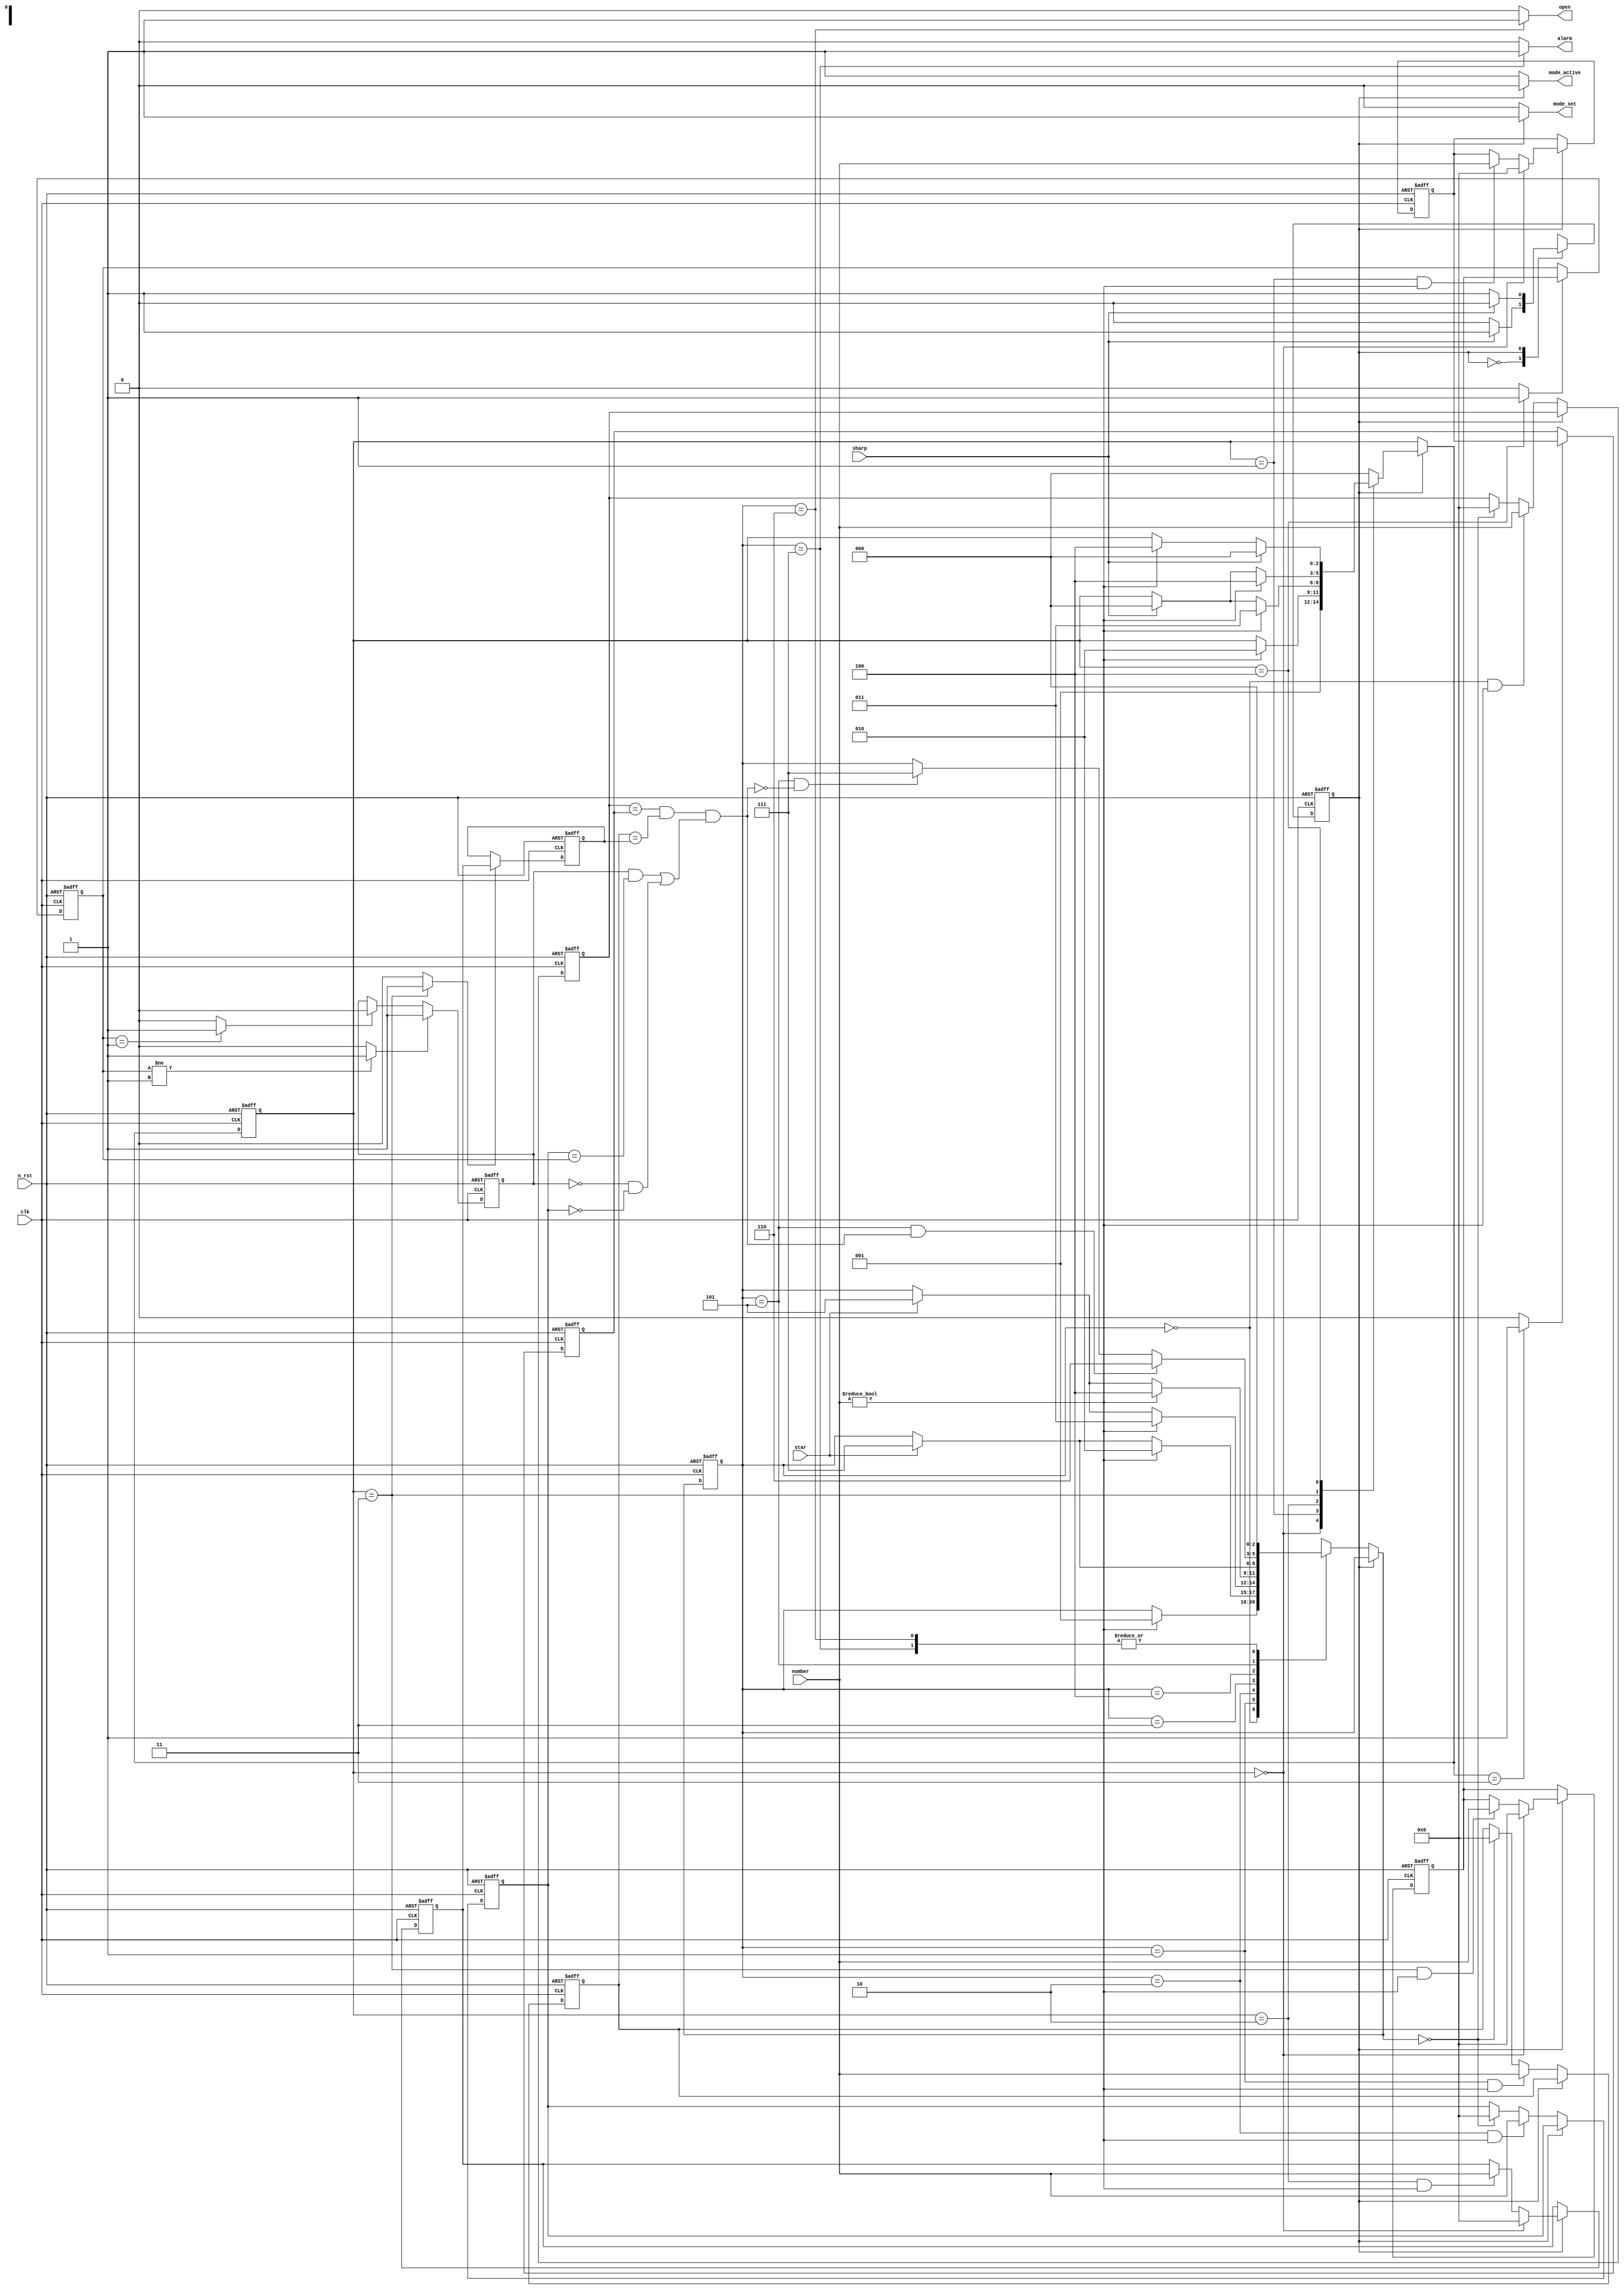
module doorlock_2modes(
	clk,
	n_rst,
	star, //X
	sharp,
	number,
	open,
	alarm,
	mode_active,
	mode_set
);


localparam A_IDLE  = 3'h0;
localparam A_PW1   = 3'h1;
localparam A_PW2   = 3'h2;
localparam A_PW3   = 3'h3;
localparam A_ERR   = 3'h4;
localparam A_CHECK = 3'h5;
localparam A_OPEN  = 3'h6;
localparam A_ALARM = 3'h7;

localparam S_IDLE = 3'h0;
localparam S_RDY  = 3'h1;
localparam S_SET1 = 3'h2;
localparam S_SET2 = 3'h3;
localparam S_SET3 = 3'h4;

localparam G_ACTIVE = 1'b0;
localparam G_SET = 1'b1;

localparam L_3 = 1'b1;
localparam L_2 = 1'b0;

input clk;
input n_rst;
input star;
input sharp;
input [9:0] number;

output open;
output alarm;
output mode_active;
output mode_set;


reg [9:0] pw_1, pw_2, pw_3;
reg [9:0] user_pw1, user_pw2, user_pw3;
reg 	  pw_length;

reg       g_state, g_next_state;	
reg [2:0] a_state, a_next_state;
reg [2:0] s_state, s_next_state;


always @(posedge clk or negedge n_rst)
	if(!n_rst) begin
		g_state <= G_ACTIVE;
	end
	else begin
		g_state <= g_next_state;
	end

always @(g_state or sharp)	
	case (g_state)
		G_ACTIVE : g_next_state = (sharp == 1'b1)? G_SET    : g_state;
		G_SET    : g_next_state = (sharp == 1'b1)? G_ACTIVE : g_state;
		default  : g_next_state = G_ACTIVE;
	endcase

assign mode_active = (g_state == G_ACTIVE)? 1'b1 : 1'b0;
assign mode_set    = (g_state == G_SET)?    1'b1 : 1'b0;


always @(posedge clk or negedge n_rst)
	if(!n_rst) begin
		a_state <= A_IDLE;
	end
	else begin
		a_state <= a_next_state;
	end

wire equal, diff;

always @(a_state or g_state or number or star or equal or diff)	
	if (g_state == G_ACTIVE) begin
		case (a_state)
			A_IDLE  : a_next_state = (number != 10'h000)? A_PW1 : a_state;
			A_PW1   : a_next_state = (number != 10'h000)? A_PW2 : 
								     (star == 1'b1)? A_ALARM : a_state;
			A_PW2   : a_next_state = (number != 10'h000)? A_PW3 :
								     (star == 1'b1)? A_CHECK : a_state;
			A_PW3   : a_next_state = (number != 10'h000)? A_ERR :
									 (star == 1'b1)? A_CHECK : a_state;
			A_ERR   : a_next_state = (star == 1'b1)? A_ALARM : a_state;
			A_CHECK : a_next_state = (equal == 1'b1)? A_OPEN : 
							  	     (diff == 1'b1)? A_ALARM : a_state;
			A_OPEN  : a_next_state = A_IDLE;
			A_ALARM : a_next_state = A_IDLE;
			default : a_next_state = A_IDLE;
		endcase
	end
	else begin
		a_next_state = a_state;
	end

always @(posedge clk or negedge n_rst)
	if(!n_rst) begin
		user_pw1 <= 10'h000;
		user_pw2 <= 10'h000;
		user_pw3 <= 10'h000;
	end
	else begin
		if (g_state == G_ACTIVE) begin
			user_pw1 <= ((a_state == A_IDLE)&&(number != 10'h000))? number : 
						 (a_next_state == A_IDLE)? 10'h000 : user_pw1;
			user_pw2 <= ((a_state == A_PW1)&&(number != 10'h000))?  number : 
						 (a_next_state == A_IDLE)? 10'h000 : user_pw2;
			user_pw3 <= ((a_state == A_PW2)&&(number != 10'h000))?  number : 
						 (a_next_state == A_IDLE)? 10'h000 : user_pw3;
		end
	end

assign check = ((user_pw1 == pw_1) && (user_pw2 == pw_2) && 
			    (((pw_length == L_3)&&(user_pw3 == pw_3))|| 
				 ((pw_length == L_2)&&(user_pw3 == 10'h000))));

assign equal = ((a_state == A_CHECK) && (check==1'b1));
assign diff  = ((a_state == A_CHECK) && (check==1'b0));

assign open = (a_state == A_OPEN)? 1'b1 : 1'b0;
assign alarm = (a_state == A_ALARM)? 1'b1 : 1'b0;


wire 	   set_1, set_2, set_3;
reg  [9:0] set_pw_1;
reg [9:0] set_pw_2, set_pw_3;

//
always @(posedge clk or negedge n_rst)
  if(!n_rst) begin
    s_state <= S_IDLE;
  end
  else begin
    s_state <= s_next_state;
  end
  
always @(s_state or g_state or number or sharp)
  if (g_state == G_SET) begin
    case (s_state)
      S_IDLE: s_next_state = S_RDY;
      S_RDY: s_next_state = (number != 10'h000)? S_SET1 : s_state;
      S_SET1: s_next_state = (number != 10'h000)? S_SET2 :
                                                  (sharp == 1'b1)? S_IDLE : s_state;
      S_SET2: s_next_state = (number != 10'h000)? S_SET3 :
                                                  (sharp == 1'b1)? S_IDLE : s_state;
      S_SET3: s_next_state = (sharp == 1'b1)? S_IDLE :
                                              (number != 10'h000)? S_SET3 : s_state;
      default: s_next_state = S_IDLE;
    endcase
  end 
  else begin
    s_next_state = s_state;
  end
  
  
always @(posedge clk or negedge n_rst) begin
   if (!n_rst) begin
	   set_pw_1 <= 10'h000;
		set_pw_2 <= 10'h000;
		set_pw_3 <= 10'h000;
	end
	
	else begin
	   if (g_state == G_SET) begin
		   set_pw_1 <= (s_state == S_IDLE)? 10'h000 :
			            ((s_state == S_RDY) && (number != 10'h000))? number : set_pw_1;
			set_pw_2 = (s_state == S_IDLE)? 10'h000 :
                  ((s_state == S_SET1) && (number != 10'h000))? number : set_pw_2;
			set_pw_3 = (s_state == S_IDLE)? 10'h000 :
                  ((s_state == S_SET2) && (number != 10'h000))? number : set_pw_3;
		end
	end
	
end

/*
assign set_pw_2 = (s_state == S_IDLE)? 10'h000 :
                  ((s_state == S_SET1) && (number != 10'h000))? number : set_pw_2;
						
assign set_pw_3 = (s_state == S_IDLE)? 10'h000 :
                  ((s_state == S_SET2) && (number != 10'h000))? number : set_pw_3;
*/                                                               
  
assign set_1 = (s_next_state == S_SET2)? 1'b1 : 1'b0;
assign set_2 = (s_state == S_SET2)? 1'b1 : 1'b0;
assign set_3 = (s_state == S_SET3)? 1'b1 : 1'b0;
//

always @(posedge clk or negedge n_rst)
	if(!n_rst) begin
		pw_1 <= 10'h001;  //00000_00001
		pw_2 <= 10'h001;
		pw_3 <= 10'h001;
	end
	else begin
		pw_1 <= (set_1==1'b1)? set_pw_1 : pw_1;
		pw_2 <= (set_2==1'b1)? set_pw_2 : pw_2;
		pw_3 <= (set_3==1'b1)? set_pw_3 : pw_3;
	end

wire set_length_2, set_length_3;
always @(posedge clk or negedge n_rst)
	if(!n_rst) begin
		pw_length <= L_2;
	end
	else begin
		pw_length <= (set_length_3 == 1'b1)? L_3 :
					 (set_length_2 == 1'b1)? L_2 : pw_length;
	end

//
assign set_length_2 = (pw_3 == 10'h001)? 1'b1 : 1'b0;
assign set_length_3 = (pw_3 != 10'h001)? 1'b1 : 1'b0;
//



endmodule